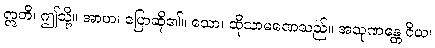
ဣတိ၊ ဤသို့။ အာဟ၊ ပြောဆို၏။ သော၊ ထိုသာမဏေသည်။ အသုဏန္တေ ဝိယ၊